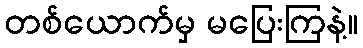
တစ်ယောက်မှ မပြေးကြနဲ့။